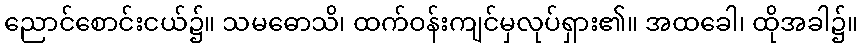
ညောင်စောင်းငယ်၌။ သမဓောသိ၊ ထက်ဝန်းကျင်မှလုပ်ရှား၏။ အထခေါ၊ ထိုအခါ၌။